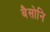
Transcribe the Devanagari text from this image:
बैसोनि